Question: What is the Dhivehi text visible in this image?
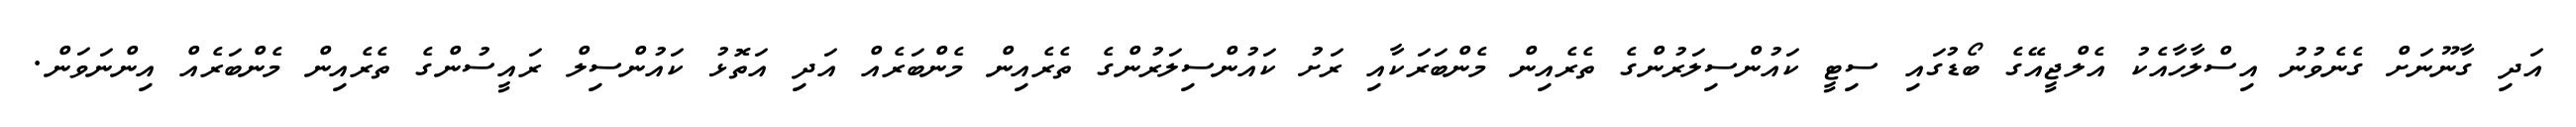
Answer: އަދި ގާނޫނަށް ގެނެވުނު އިސްލާހާއެކު އެލްޖީއޭގެ ބޯޑުގައި ސިޓީ ކައުންސިލަރުންގެ ތެރެއިން މެންބަރަކާއި ރަށު ކައުންސިލަރުންގެ ތެރެއިން މެންބަރެއް އަދި އަތޮޅު ކައުންސިލް ރައީސުންގެ ތެރެއިން މެންބަރެއް އިންނަވަން.